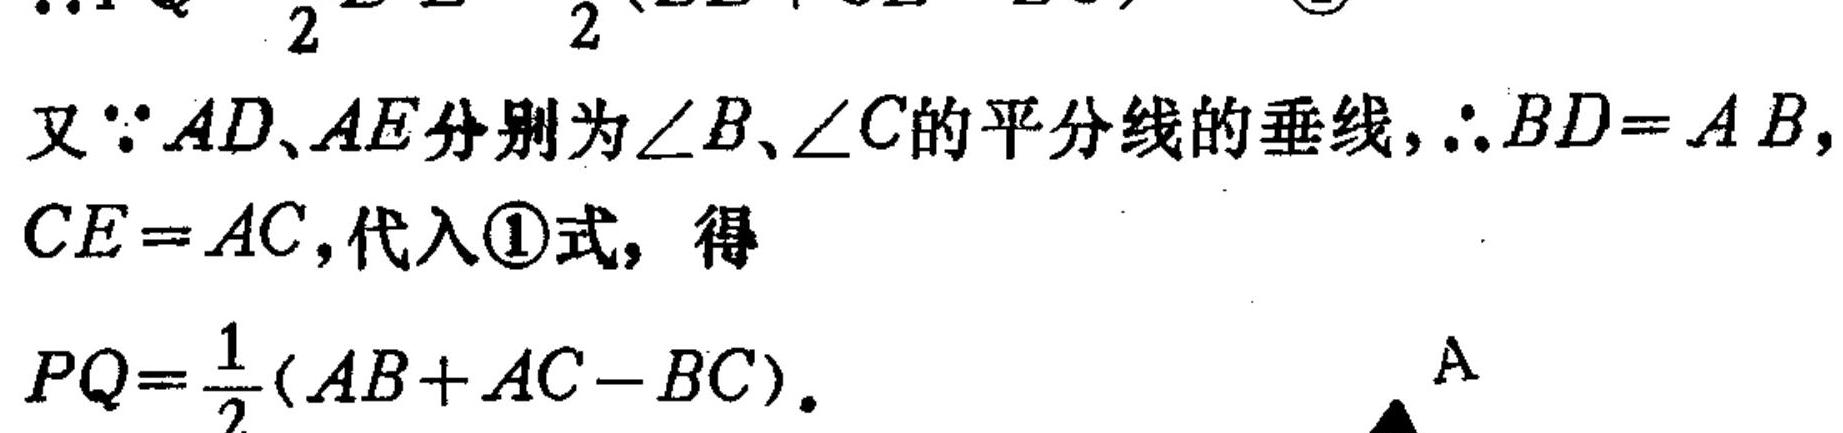
又$\because AD、AE$分别为$\angle B、\angle C$的平分线的垂线,$\therefore BD = AB$,
$CE = AC$,代入\textcircled{1}式, 得
$PQ=\frac{1}{2}(AB + AC - BC)$.